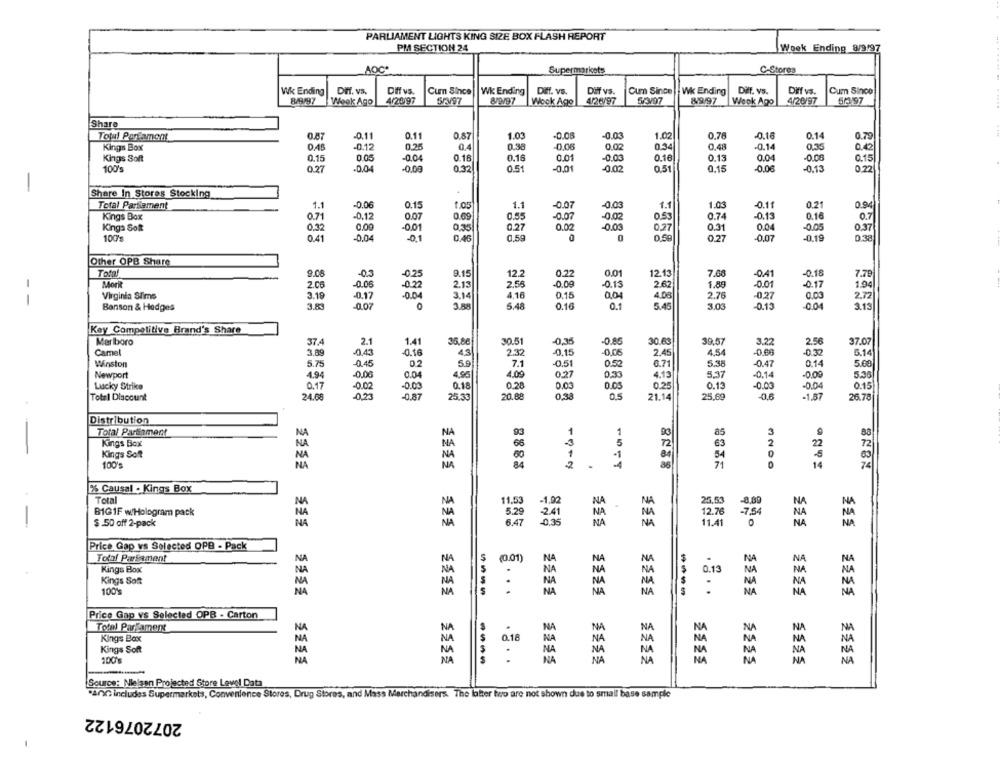
PARLIAMENT LIGHTS KING SIZE BOX FLASH REPORT
PM SECTION 24
Week Ending 8/9197
AOC*
C-Stores
Supermarkets
Wk Ending
Dif. va.
Diff vs.
Cum Since
Wk Ending
Diff. vs.
Dif vs.
Cum Since Wk Ending
Diff. vs.
Diff vs.
Cum Since
8/9/97
4/2097
8/9/97
4/26/97
849/97
Week Ago
SPN97
Wogk Ago
Week Ago
4/20/97
5/1 97
Share
Total Portamont
0.87
-0.11
0.11
0.87
1.03
-0.08
-0.03
1.02
0.76
-0.16
0.14
0.79
0.25
0,4
0.30
0,06
0.02
0.34
0,48
-0.14
0,35
0.42
Kings Box
-0.12
Kings Soft
0.15
0.05
-0.04
0.18
0.16
0.01
-0.03
0.16
0.13
0.04
-0.08
0.15
100's
0.27
-0.04
-0.03
0.32
0.51
-0.01
-0.02
0.51
0.15
-0,06
-0.13
0.22
Share In Stores Stocking
Total Parliament
1.1
-0.06
0.15
1.05
1.1
-0.07
-0.03
1.1
1.03
-0.11
0.21
0.94
0.09
0.16
Kings Box
0.71
-0,12
0.07
0.55
-0.07
-0.02
0.53
0.74
-0.13
0.7
Kinga Soft
0,32
0.09
-0.01
0.35
0.27
0.02
-0.03
0.27
0.31
0.04
-0.05
0.37
100%
0,50
-0,19
0.38
0.41
-0,04
-0.1
0.46
0.59
0.27
-0,07
Other OPB Share
Total
9.08
-03
-0.25
9.15
0.22
0.01
12.13
7.68
-04
-0.18
Morit
-0.06
12.2
-0.09
-0.13
2.62
1.80
7.79
1.94
2.06
-0.22
2.13
2.55
-0.01
-0.17
Virginia Sims
3.19
-0.17
-0.04
3.14
4,16
0.15
0.04
4.08
2.76
-0.27
0.03
2.72
--
3.83
-0.07
0
3.88
5.48
0.16
0.1
5.45
3.03
-0.15
3.13
Benson & Hedges
Key Competitive Brand's Share
Marlboro
37.4
2.1
1.41
30.51
-0,35
-0.86
30.63
39.57
3.22
2.56
37.07
Camel
3.89
-0.43
-0.16
43
2.32
-0.15
0.05
2.45
4.54
-0.66
-0.32
5.14
Winston
5.75
0.45
02
5.9
7.1
0.51
0.52
6.71
5.38
-0.47
0.14
5.68
Newport
49
-0.06
0.04
4.95
4.09
0.27
0.33
4.13
5.37
-0.14
-0.00
5.36
Lucky Strike
0.17
-0.02
-0.03
0.18
0.28
0.03
0.05
0.25
0.13
-0.03
-0.04
0.15
Total Discount
24.68
023
-0.87
25.33
20.80
0,38
21.14
25,69
-0,6
-1.87
26.78
Distribution
Total Parliament
NA
NA
93
1
93
85
Kings Box
5
72
63
22
NA
King's Soft
NA
00
84
54
100's
NA
2
14
% Causal . Kings Box
Total
NA
NA
NA
25.53
-8.89
NA
BIG1F w/Hologram pack
11.53
-7.54
NA
24
NA
NA
12.76
$ 50 off 2-pack
NA
0.35
NA
NA
11.41
985
Price Gap vs Selected OPB - Pack
Total ParSament
5
(0.01)
N
NA
N
Kings Box
5
NA
NA
0.13
NA
NA
Kings Soft
NA
NA
NA
NA
NA
100%
NA
VA
NA
....
NA
NA
Price Gap vs Selected OPB - Carton
Total Parsamen
NA
NA
NA
NA
NA
Kings Box
NA
0.18
NA
NA
NA
NA
Kings Soft
NA
100's
NA
NA
NA
NA
22550
Source: Nielsen Projected Store Level Data
.40G includes Supermarkets, Convenience Stores, Drug Stores, and Mass Merchandisers. The latter beo are not shown due to small base sample
2072076122